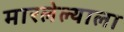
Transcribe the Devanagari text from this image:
मारलेल्‍याला